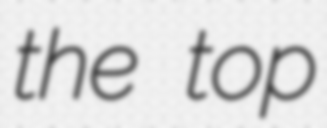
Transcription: the top